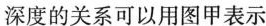
深度的关系可以用图甲表示